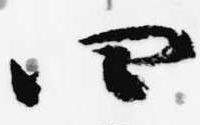
四